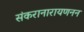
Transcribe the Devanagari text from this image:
संकरानारायणनन